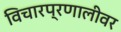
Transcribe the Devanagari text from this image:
विचारप्रणालीवर